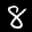
Label: 8